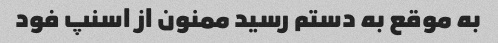
به موقع به دستم رسید ممنون از اسنپ فود